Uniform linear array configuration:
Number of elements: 12
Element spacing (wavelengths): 0.25
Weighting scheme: kaiser
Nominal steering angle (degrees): -30
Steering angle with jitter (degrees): -29.467
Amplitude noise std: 0.05
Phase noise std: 0.05

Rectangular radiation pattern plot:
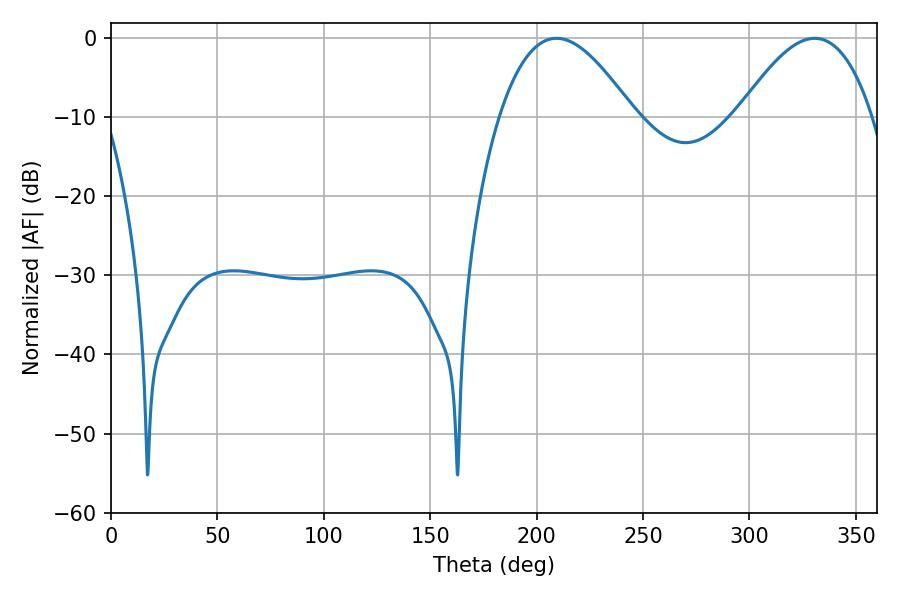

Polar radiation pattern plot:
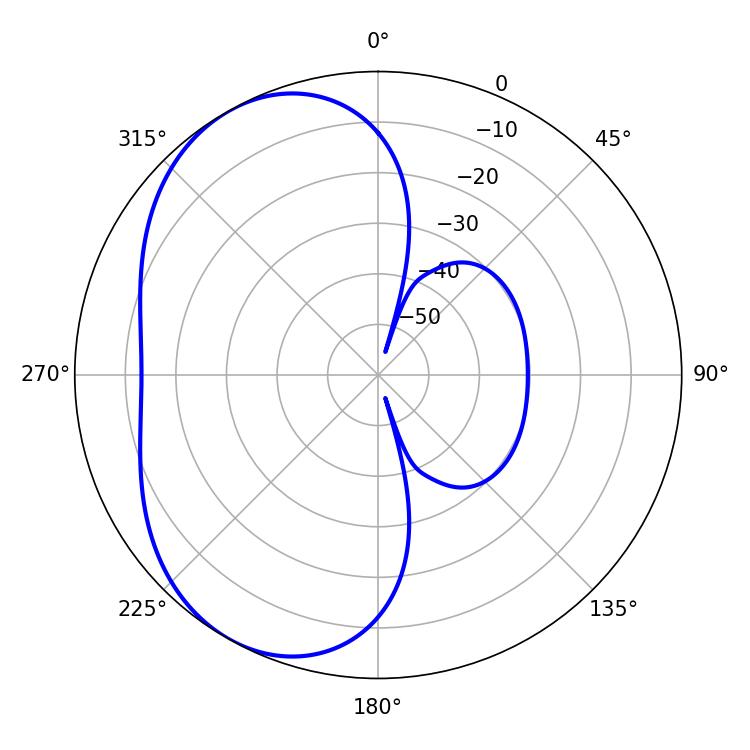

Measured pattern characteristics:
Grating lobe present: FALSE
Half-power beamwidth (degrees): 34.38
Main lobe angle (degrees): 209.34